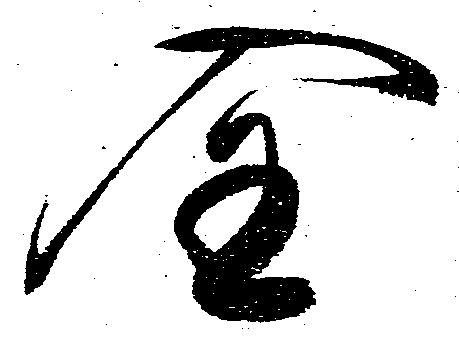
全